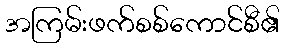
အကြမ်းဖက်စစ်ကောင်စီ၏